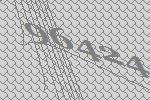
96424